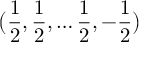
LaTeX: { \bigl ( } { \frac { 1 } { 2 } } , { \frac { 1 } { 2 } } , \ldots { \frac { 1 } { 2 } } , - { \frac { 1 } { 2 } } { \bigr ) }